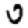
Digit: 0